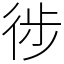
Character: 徏